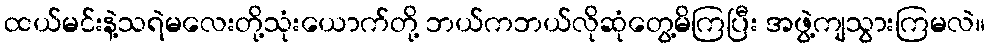
ထယ်မင်းနဲ့သရဲမလေးတို့သုံးယောက်တို့ ဘယ်ကဘယ်လိုဆုံတွေ့မိကြပြီး အဖွဲ့ကျသွားကြမလဲ။